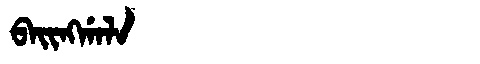
Manchu: ᠪᠠᡳᠩᡤᠠᠯᠠ
Romanization: BAINGGALA